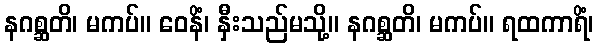
နဂစ္ဆတိ၊ မကပ်။ ဝေနိံ၊ နှီးသည်မသို့။ နဂစ္ဆတိ၊ မကပ်။ ရထကာရိံ၊